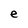
Character: e